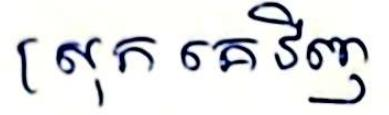
ស្រុកគេវិញ